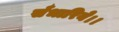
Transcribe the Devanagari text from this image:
सँभारिये।।